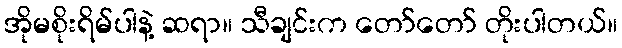
အိုမစိုးရိမ်ပါနဲ့ ဆရာ။ သီချင်းက တော်တော် တိုးပါတယ်။